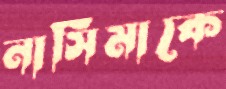
নাসিমাকে